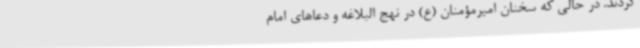
کردند. در حالی که سخنان امیرمؤمنان (ع) در نهج البلاغه و دعاهای امام